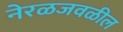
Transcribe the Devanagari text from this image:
नेरळजवळील